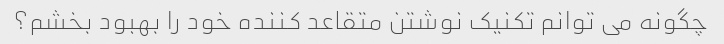
چگونه می توانم تکنیک نوشتن متقاعد کننده خود را بهبود بخشم؟